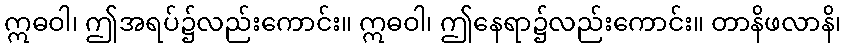
ဣဓဝါ၊ ဤအရပ်၌လည်းကောင်း။ ဣဓဝါ၊ ဤနေရာ၌လည်းကောင်း။ တာနိဖလာနိ၊